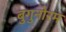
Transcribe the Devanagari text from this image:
बुगुनोरम